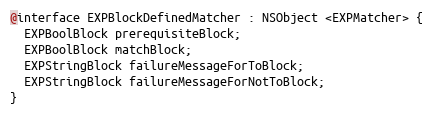
Language: C
@interface EXPBlockDefinedMatcher : NSObject <EXPMatcher> {
  EXPBoolBlock prerequisiteBlock;
  EXPBoolBlock matchBlock;
  EXPStringBlock failureMessageForToBlock;
  EXPStringBlock failureMessageForNotToBlock;
}